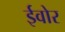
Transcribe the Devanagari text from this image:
ईवोर